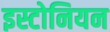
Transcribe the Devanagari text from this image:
इस्टोनियन